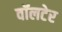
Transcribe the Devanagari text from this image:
वॉलटेर